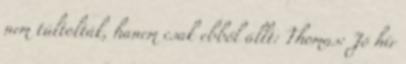
nem túltolták, hanem csak ebből állt: Thomas: Jó hír